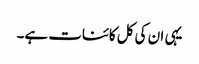
یہی ان کی کل کائنات ہے۔